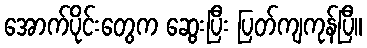
အောက်ပိုင်းတွေက ဆွေးပြီး ပြတ်ကျကုန်ပြီ။